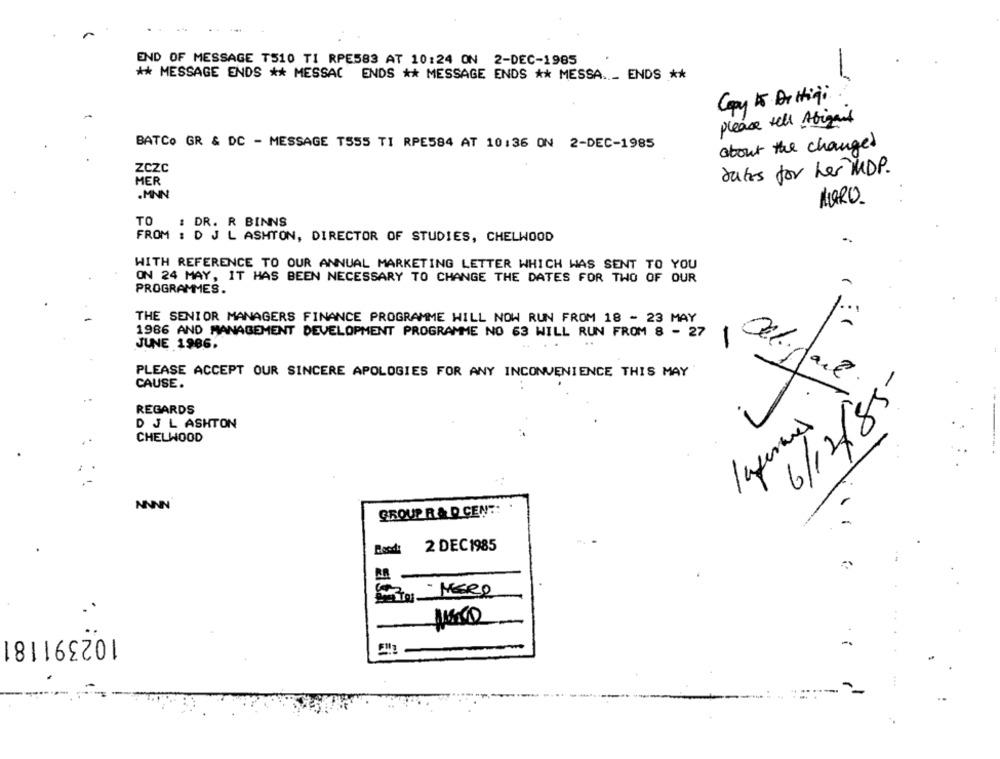
END OF MESSAGE T510 TI RPE583 AT 10:24 ON 2-DEC-1985
-
** MESSAGE ENDS ** MESSAC ENDS ** MESSAGE ENDS ** MESSA ._ ENDS **
Copy to Dettiqi
please tell Abigant
BATCo GR & DC - MESSAGE T555 TI RPE584 AT 10:36 ON 2-DEC-1985
about the changes
ZCZC
dates for her MDP.
MER
.MNN
MURO.
TO
: DR. R BINNS
FROM : D J L ASHTON, DIRECTOR OF STUDIES, CHELWOOD
WITH REFERENCE TO OUR ANNUAL MARKETING LETTER WHICH WAS SENT TO YOU
ON 24 MAY, IT HAS BEEN NECESSARY TO CHANGE THE DATES FOR TWO OF OUR
PROGRAMMES.
1.700
THE SENIOR MANAGERS FINANCE PROGRAMME WILL NOW RUN FROM 18 - 23 MAY
1986 AND MANAGEMENT DEVELOPMENT PROGRAMME NO 63 WILL RUN FROM 8 - 27
JUNE 1986.
. .
PLEASE ACCEPT OUR SINCERE APOLOGIES FOR ANY INCONVENIENCE THIS MAY
CAUSE.
6/12/85
REGARDS
D JL ASHTON
CHELWOOD
NNNN
GROUP R & D CENT
2 DEC1985
Bood:
102391181
-